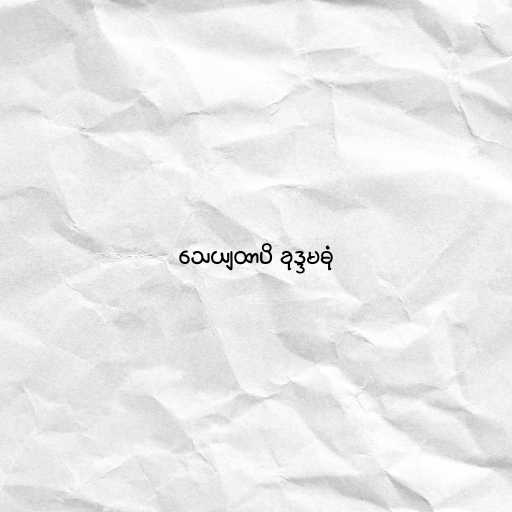
သေယျထာပိ ခုဒ္ဒမဓုံ